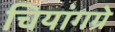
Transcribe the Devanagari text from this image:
चियांगग्रे